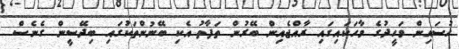
ހުސައިން ވަހީދުގެ ވާހަކައިގައި ރާއްޖެއިން ބޭރުން ތަފާތު އެކި ބޭނުންތަކުގައި ބިދޭސީން ގެނެސް